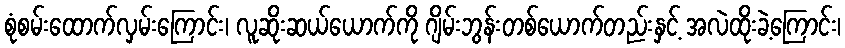
စုံစမ်းထောက်လှမ်းကြောင်း၊ လူဆိုးဆယ်ယောက်ကို ဂျိမ်းဘွန်းတစ်ယောက်တည်းနှင့် အလဲထိုးခဲ့ကြောင်း၊